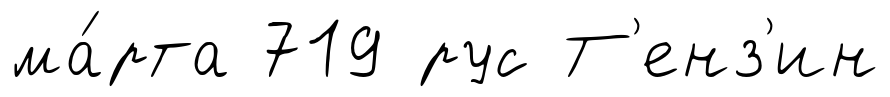
ма́рта 719 рус Т'енз'ин